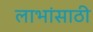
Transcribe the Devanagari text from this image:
लाभांसाठी